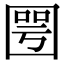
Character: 𡈆